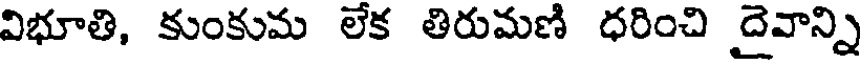
విభూతి, కుంకుమ లేక తిరుమణి ధరించి దైవాన్ని